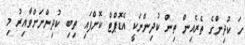
ހަ ކުދިންގެ ތެރެއިން ތިން ކުދިންނަކީ އެޑޮޕްޓް ކޮށްފައި ތިބި ކުދިންނަށްވާއިރު މި